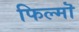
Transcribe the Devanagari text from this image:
फिल्मॊ